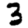
Digit: 3